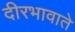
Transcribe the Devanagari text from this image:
दीरभावाते